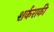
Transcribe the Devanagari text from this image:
शर्कराकी